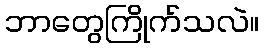
ဘာတွေကြိုက်သလဲ။